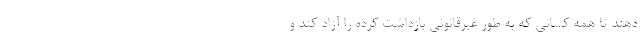
دهند تا همه کسانی که به طور غیرقانونی بازداشت کرده را آزاد کند و